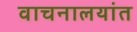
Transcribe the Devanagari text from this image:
वाचनालयांत